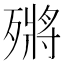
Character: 𣩗